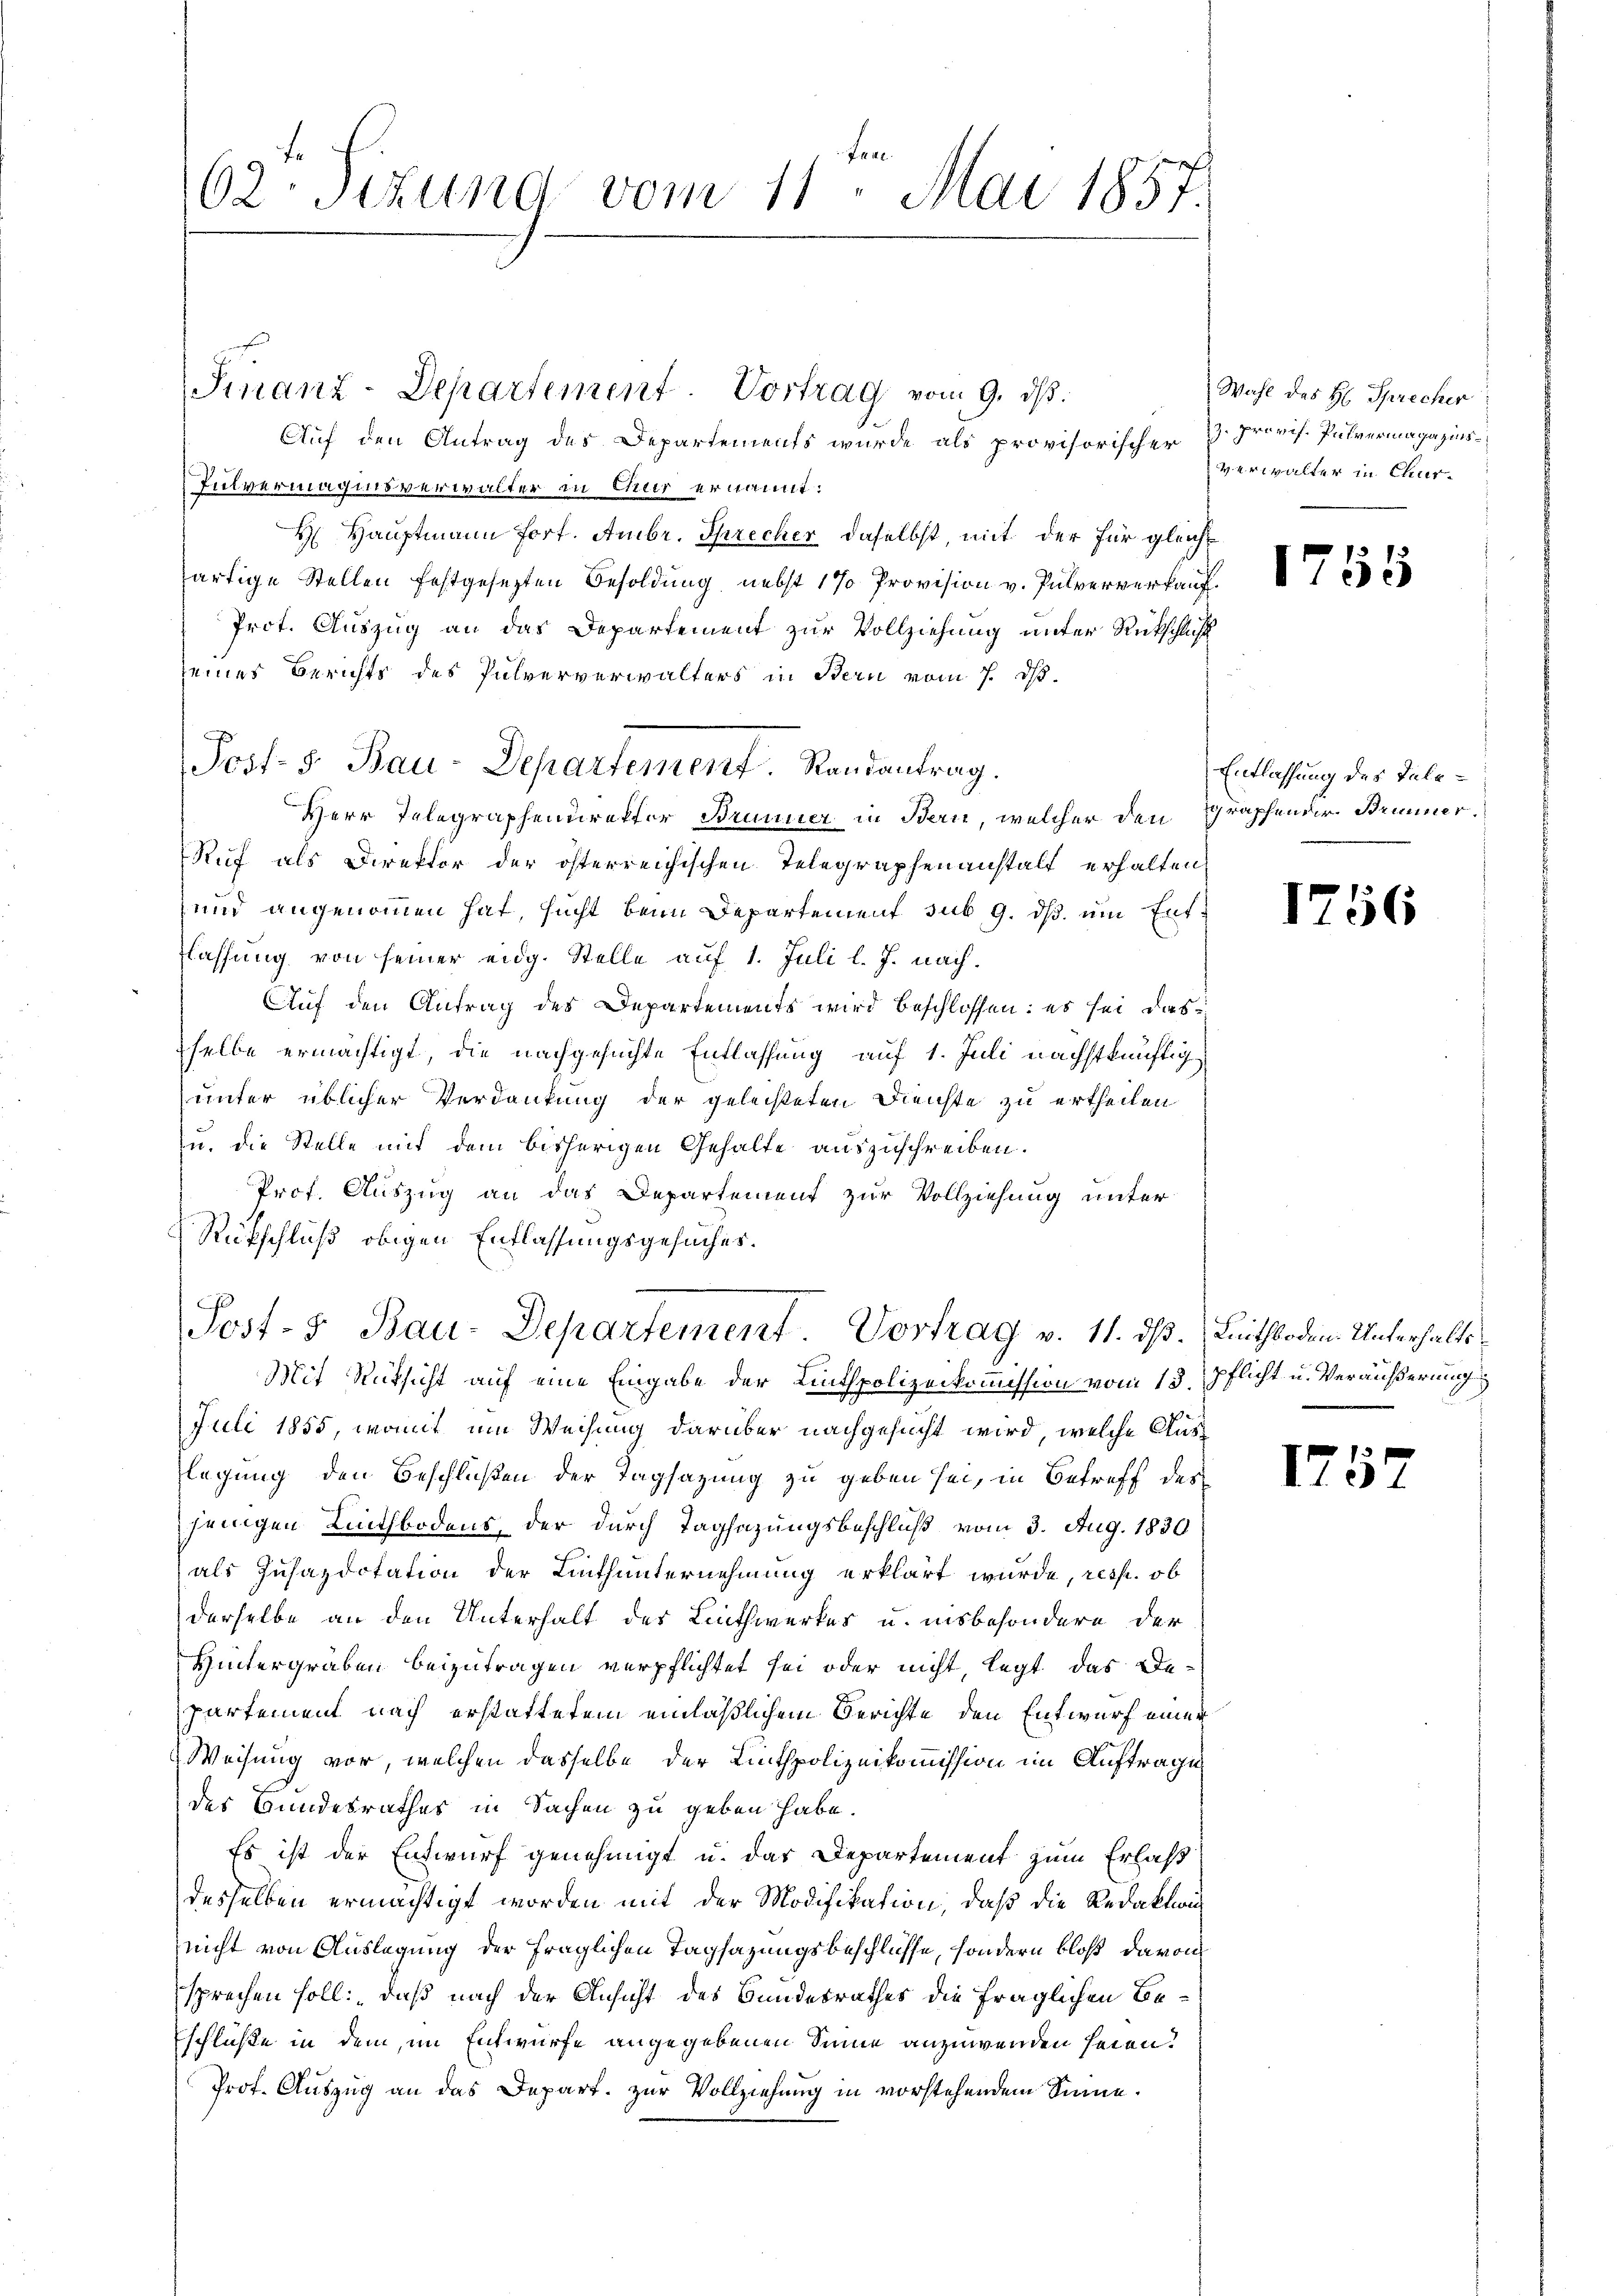
62. Sizung vom 11. Mai 1857.

Finanz-Departement. Vortrag vom 9. ds.
Auf den Antrag des Departements wurde als provisorischer

Post. 5. Bau-Departement. Randantrag.

Pulvermaginsverwalter in Chur ernannt:
H Hauptmann fort. Ambr. Sprecher daselbst, mit der für gleich
ärtige Stellen festgesezten Besoldung nebst 1 % Provision v. Pulververkau¬
Prot. Auszug an das Departement zur Vollziehung unter Rückschlich
seines Berichts des Pulververwalters in Bern vom 7. ds.
Herr Telegraphendirektor Brunner in Bern, welcher den
Ruf als Direktor der österreichischen Telegraphenanstalt erhalten,
und angenommen hat, sucht beim Departement sub 9. ds. um Entflassung von seiner eidg. Stelle auf 1. Juli l. J. nach¬
Auf den Antrag des Departements wird beschlossen: es sei diesselbe ermächtigt, die nachgesuchte Entlassung auf 1. Juli nachstkünftig
unter üblicher Verdankung der geleisteten Dienste zu ertheilen
u. die Stelle mit dem bisherigen Gehalte auszuschreiben.
Prof. Auszug an das Departement zur Vollziehung unter
Rückschluß obigen Entlassungsgesuches.

Post- 5. Bau-Departement Vortrag v. 11. dß. Leithboden Unterhalts¬
Mit Rücksicht auf eine Eingabe der Linthpolizeikommission vom 13. pflicht u. Veräußerung

Juli 1855, womit im Weisung darüber nachgesucht wird, welche Auslegung den Beschlüßen der Tagsazung zu geben sei, in Betreff des
jenigen Linthbodens, der durch Tagsazungsbeschluß vom 3. Aug. 1830
als Insazdotation der Linthunternehmung erklärt wurde, resp. ob
derselbe an den Unterhalt des Linthwerkes u. insbesondere der
Hintergräben beizutragen verpflichtet sei oder nicht, legt, das Departement nach erstattetem einläßlichem Berichte den Entwurf einer
Weisung vor, welchen dasselbe der Linthpolizeikommission im Auftrage
des Bundesrathes in Sachen zu geben habe.
Es ist der Entwurf genehmigt u. das Departement zum Erlaß
desselben ermächtigt worden mit der Modifikation, daß die Redaktion
nicht von Auslegung der fraglichen Tagsazungsbeschlüsse, sondern bloß davon
sprechen soll: „daß nach der Ansicht des Bundesrathes die fraglichen Beschlüße in dem, im Entwurfe angegebenen Sinne anzuwenden seien.
Prof. Auszug an das Depart. zur Vollziehung in vorstehendem Sinne.

Wahl des H. Sprecher
z. provif. Pulvermagazinsverwalter in Chur-

1755

Entlassung des Telegraphender Stimmer.

1756

1752